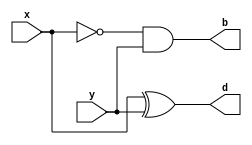
module half_subtractor(input x,y,output b,d);
	
assign b=(~x)&y;
assign d=x^y;

endmodule